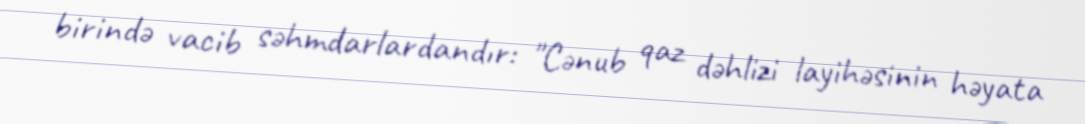
birində vacib səhmdarlardandır: "Cənub qaz dəhlizi layihəsinin həyata